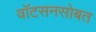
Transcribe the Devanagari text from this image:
वाॅटसनसोबत